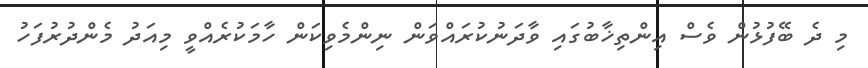
މި ދެ ބޭފުޅުން ވެސް އިންތިޚާބުގައި ވާދަނުކުރައްވަން ނިންމެވިކަން ހާމަކުރެއްވީ މިއަދު މެންދުރުފަހު